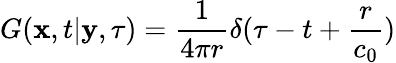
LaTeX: \displaystyle G(\mathbf{x},t|\mathbf{y},\tau)=\frac{1}{4\pi r}\delta(\tau-t+\frac{r}{c_{0}})